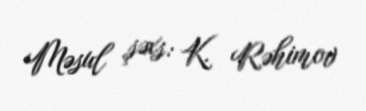
Məsul şəxs: K. Rəhimov